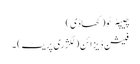
چیپٹر ٹو (کھاڈی)
فیشن ڈیزائن (لگژری پریٹ) ۔